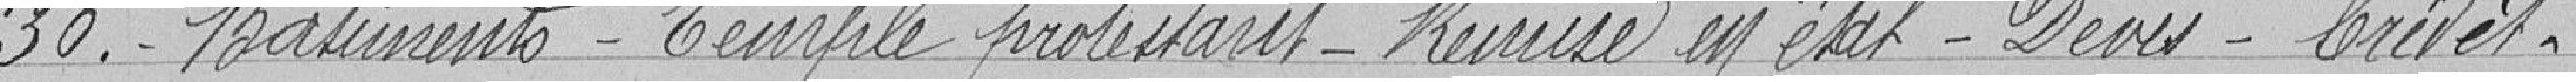
30. - Bâtiments - Temple protestant - Remise en état - Devis - Crédit.